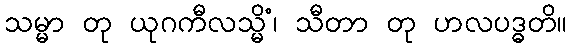
သမ္မာ တု ယုဂကီလသ္မိံ၊ သီတာ တု ဟလပဒ္ဓတိ။